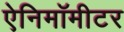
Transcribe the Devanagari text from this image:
ऐनिमॉमीटर